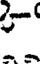
-